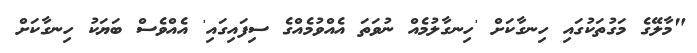
"މާލޭގެ މަގުތަކުގައި ހިނގާކަށް 'ހިނގާލުމެއް ނުވަތަ އެއްވުމެއްގެ ސިފައިގައި' އެއްވެސް ބަޔަކު ހިނގާކަށް